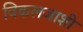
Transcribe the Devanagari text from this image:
विकलजाशी